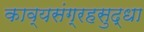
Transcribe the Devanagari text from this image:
काव्यसंग्रहसुद्धा